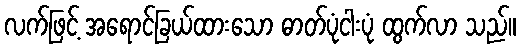
လက်ဖြင့် အရောင်ခြယ်ထားသော ဓာတ်ပုံငါးပုံ ထွက်လာ သည်။